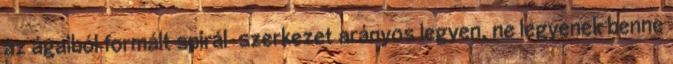
az ágaiból formált spirál-szerkezet arányos legyen, ne legyenek benne